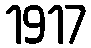
1917